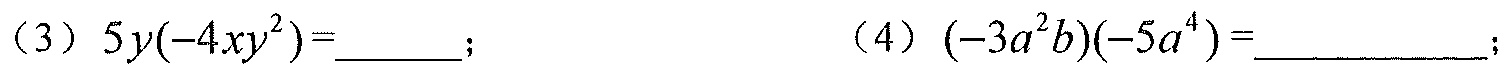
(3) $5y(-4xy^{2})=$  ； (4) $(-3a^{2}b)(-5a^{4})=$  ；